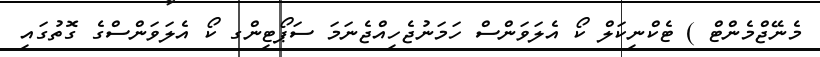
މެނޭޖްމެންޓް ) ޓެކްނިކަލް ކޯ އެލަވަންސް ހަމަނުޖެހިއްޖެނަމަ ސަޕޯޓިންގ ކޯ އެލަވަންސްގެ ގޮތުގައި